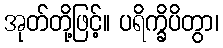
အုတ်တို့ဖြင့်။ ပရိက္ခိပိတွာ၊